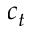
c _ { t }